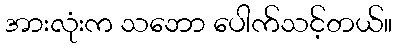
အားလုံးက သဘော ပေါက်သင့်တယ်။